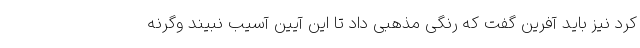
کرد نیز باید آفرین گفت که رنگی مذهبی داد تا این آیین آسیب نبیند وگرنه